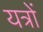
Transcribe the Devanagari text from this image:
यत्रों